Course of training for teachers of mentally defective children conducted at Jordanhill Training Centre, Glasgow, 1932
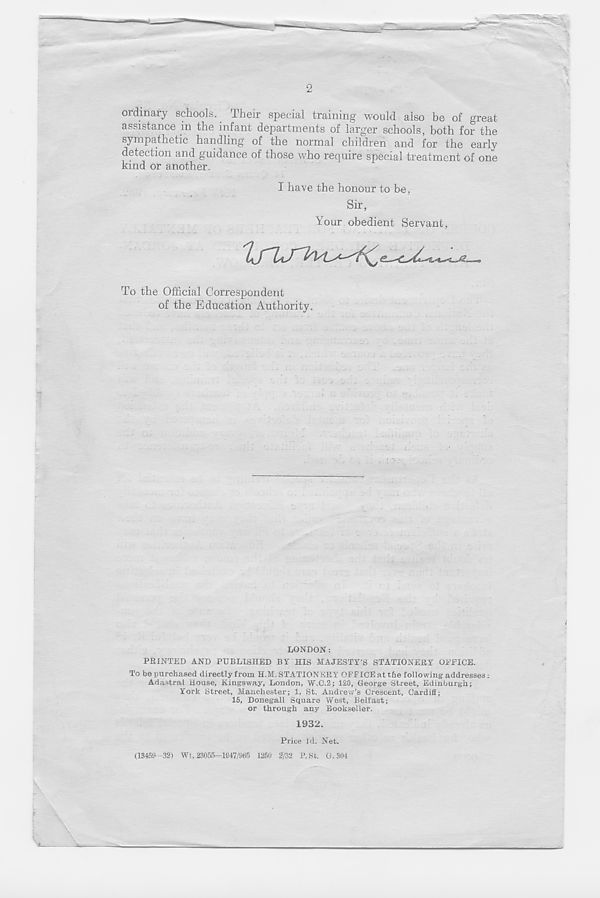
2
ordinary schools. Their special training would also be of great
assistance in the infant departments of larger schools, both for the
sympathetic handling of the normal children and for the early
detection and guidance of those who require special treatment of one
kind or another.
I have the honour to be,
Sir,
Your obedient Servant,
tru
^
—s
To the Official Correspondent
of the Education Authority.
LONDON:
FEINTED AND PUBLISHED BY HIS MAJESTY’S STATIONEEY OFFICE.
To be purchased directly from H.M. STATIONEEY OFFICE at the following addresses :
Adastral House, Kingsway, London, W.C.2; 120, George Street, Edinburgh;
York Street, Manchester; 1, St. Andrew’s Crescent, Cardiff;
15, Donegall Square West, Belfast;
or through any Bookseller.
1932.
Price Id. Net.
(13459-32) Wt. 23055—1847/965 1250 2/32 R St. G.304